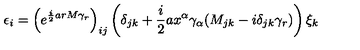
\epsilon _ { i } = \left( e ^ { \frac { i } { 2 } a r M \gamma _ { r } } \right) _ { i j } \left( \delta _ { j k } + \frac { i } { 2 } a x ^ { \alpha } \gamma _ { \alpha } ( M _ { j k } - i \delta _ { j k } \gamma _ { r } ) \right) \xi _ { k }